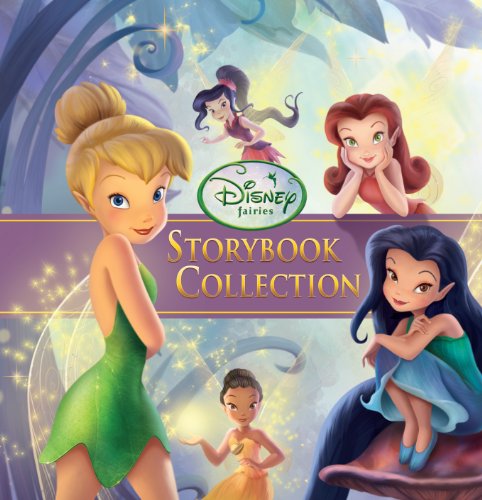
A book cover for Disney Fairies Storybook Collection Special Edition; Disney Book Group; Literature & Fiction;